Scientific memoirs by medical officers of the Army of India - Part I,
Year: 1884
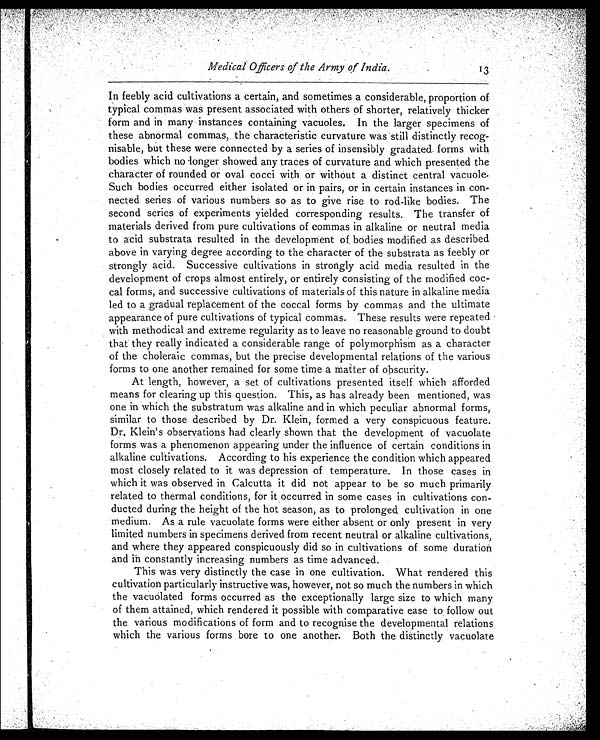
Medical Officers of the Army of India.
In feebly acid cultivations a certain, and sometimes a considerable, proportion of
typical commas was present associated with others of shorter, relatively thicker
form and in many instances containing vacuoles. In the larger specimens of
these abnormal commas, the characteristic curvature was still distinctly recog
-nisable, but these were connected by a series of insensibly gradated forms with
bodies which no longer showed any traces of curvature and which presented the
character of rounded or oval cocci with or without a distinct central vacuole.
Such bodies occurred either isolated or in pairs, or in certain instances in con
-nected series of various numbers so as to give rise to rod-like bodies. The
second series of experiments yielded corresponding results. The transfer of
materials derived from pure cultivations of commas in alkaline or neutral media
to acid substrata resulted in the development of bodies modified as described
above in varying degree according to the character of the substrata as feebly or
strongly acid. Successive cultivations in strongly acid media resulted in the
development of crops almost entirely, or entirely consisting of the modified coc
-cal forms, and successive cultivations of materials of this nature in alkaline media
led to a gradual replacement of the coccal forms by commas and the ultimate
appearance of pure cultivations of typical commas. These results were repeated
with methodical and extreme regularity as to leave no reasonable ground to doubt
that they really indicated a considerable range of polymorphism as a character
of the choleraic commas, but the precise developmental relations of the various
forms to one another remained for some time a matter of obscurity.
At length, however, a set of cultivations presented itself which afforded
means for clearing up this question. This, as has already been mentioned, was
one in which the substratum was alkaline and in which peculiar abnormal forms,
similar to those described by Dr. Klein, formed a very conspicuous feature.
Dr. Klein's observations had clearly shown that the development of vacuolate
forms was a phenomenon appearing under the influence of certain conditions in
alkaline cultivations. According to his experience the condition which appeared
most closely related to it was depression of temperature. In those cases in
which it was observed in Calcutta it did not appear to be so much primarily
related to thermal conditions, for it occurred in some cases in cultivations con
-ducted during the height of the hot season, as to prolonged cultivation in one
medium. As a rule vacuolate forms were either absent or only present in very
limited numbers in specimens derived from recent neutral or alkaline cultivations,
and where they appeared conspicuously did so in cultivations of some duration
and in constantly increasing numbers as time advanced.
This was very distinctly the case in one cultivation. What rendered this
cultivation particularly instructive was, however, not so much the numbers in which
the vacuolated forms occurred as the exceptionally large size to which many
of them attained, which rendered it possible with comparative ease to follow out
the various modifications of form and to recognise the developmental relations
which the various forms bore to one another, Both the distinctly vacuolate
13